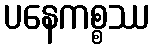
ပနေကစ္စဿ